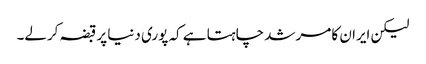
لیکن ایران کا مرشد چاہتا ہے کہ پوری دنیا پر قبضہ کرلے۔